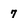
Character: 7